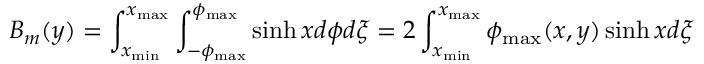
B _ { m } ( y ) = \int _ { x _ { \operatorname* { m i n } } } ^ { x _ { \operatorname* { m a x } } } \int _ { - \phi _ { \operatorname* { m a x } } } ^ { \phi _ { \operatorname* { m a x } } } \sinh x d \phi d \xi = 2 \int _ { x _ { \operatorname* { m i n } } } ^ { x _ { \operatorname* { m a x } } } \phi _ { \operatorname* { m a x } } ( x , y ) \sinh x d \xi